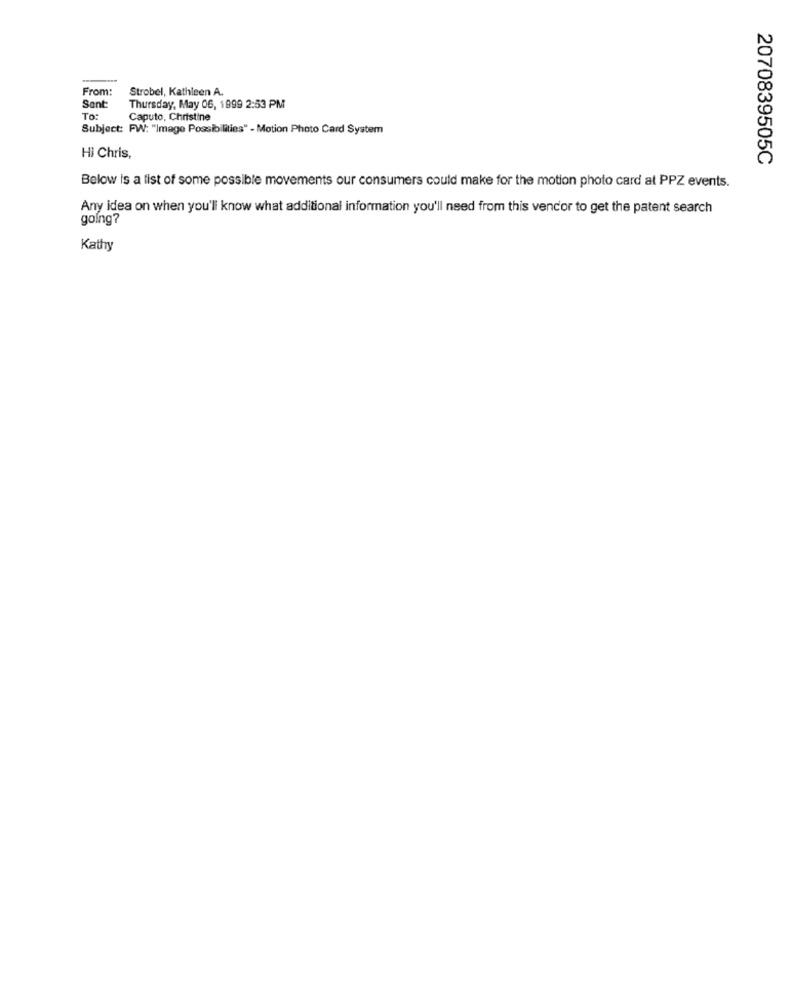
Strobel, Kathleen A.
From:
Sant:
Thursday, May 06, 1999 2:53 PM
To:
Caputo, Christine
Subject: FW: "Image Possibilities" - Motion Photo Card System
Hi Chris,
2070839505C
Below is a list of some possible movements our consumers could make for the motion photo card at PPZ events.
Any idea on when you'll know what additional information you'll need from this vencor to get the patent search
going?
Kathy